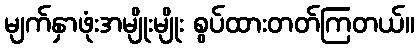
မျက်နှာဖုံးအမျိုးမျိုး စွပ်ထားတတ်ကြတယ်။